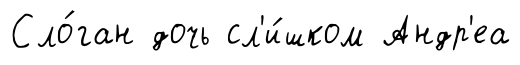
Сло́ган дочь сл'и́шком Андр'еа